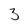
Character: 3